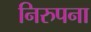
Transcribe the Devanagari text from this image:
निरुपना